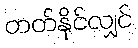
တတ်နိုင်လျှင်